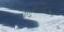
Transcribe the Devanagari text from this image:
शाहुमहाराजांची